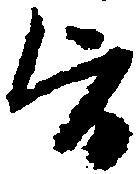
旨